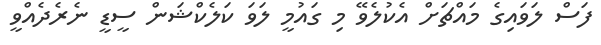
ފަސް ލަވައިގެ މައްޗަށް އެކުލެވޭ މި ގައުމީ ލަވަ ކަލެކްޝަން ސީޑީ ނެރެދެއްވީ